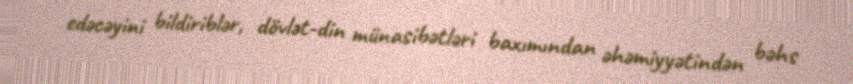
edəcəyini bildiriblər, dövlət-din münasibətləri baxımından əhəmiyyətindən bəhs